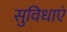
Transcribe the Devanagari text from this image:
सुविधाएं